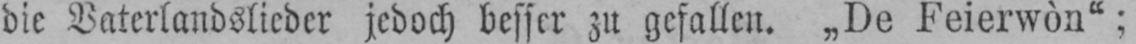
die Vaterlandslieder jedoch besser zu gefallen. „De Feierwòn“;